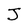
Character: J